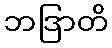
ဘဒြာတိ